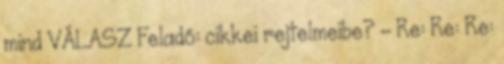
mind VÁLASZ Feladó: cikkei rejtelmeibe? - Re: Re: Re: